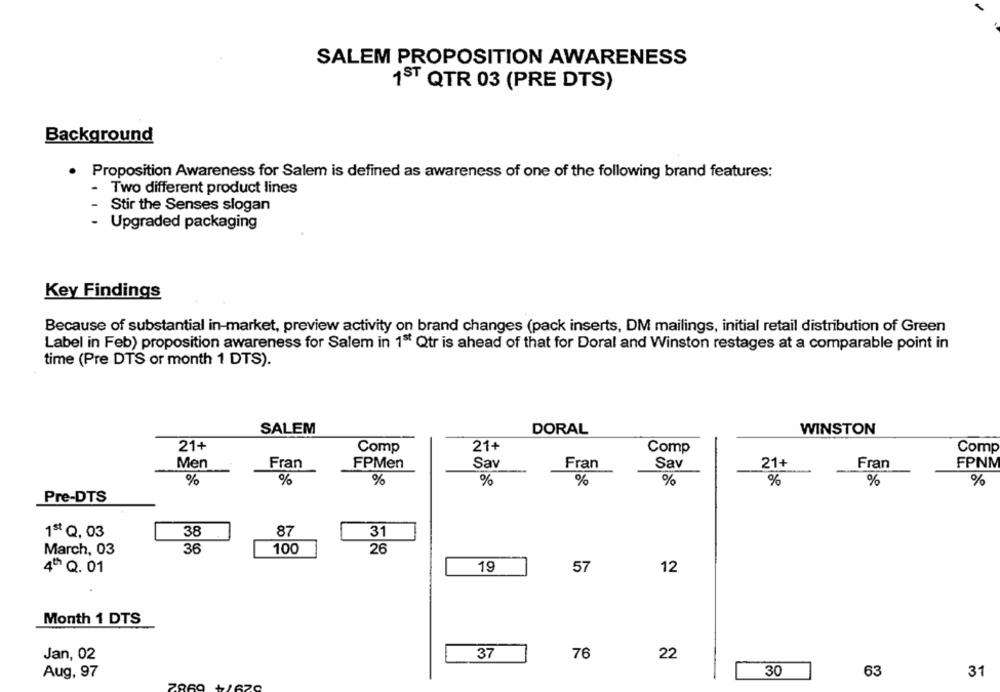
SALEM PROPOSITION AWARENESS
1ST QTR 03 (PRE DTS)
Background
· Proposition Awareness for Salem is defined as awareness of one of the following brand features:
- Two different product lines
Stir the Senses slogan
- Upgraded packaging
Key Findings
Because of substantial in-market, preview activity on brand changes (pack inserts, DM mailings, initial retail distribution of Green
Label in Feb) proposition awareness for Salem in 1ª Qtr is ahead of that for Doral and Winston restages at a comparable point in
time (Pre DTS or month 1 DTS).
SALEM
DORAL
WINSTON
21+
Comp
21+
Comp
Comp
Sav
21+
Men
Fran
FPMen
Fran
Sav
Fran
FPNM
%
%
%
%
%
%
%
%
%
Pre-DTS
38
87
31
1ª Q.03
March, 03
36
100
26
57
12
4º Q. 01
19
Month 1 DTS
Jan, 02
37
76
22
Aug, 97
30
63
31